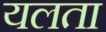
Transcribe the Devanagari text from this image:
यलता